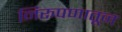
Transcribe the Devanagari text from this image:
निरूपणातून